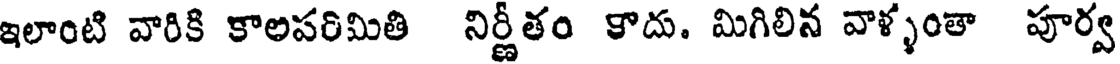
ఇలాంటి వారికి కాలపరిమితి నిర్ణీతం కాదు. మిగిలిన వాళ్ళంతా పూర్వ